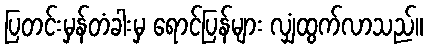
ပြတင်းမှန်တံခါးမှ ရောင်ပြန်များ လျှံထွက်လာသည်။